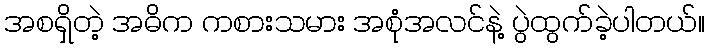
အစရှိတဲ့ အဓိက ကစားသမား အစုံအလင်နဲ့ ပွဲထွက်ခဲ့ပါတယ်။